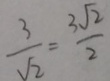
\frac { 3 } { \sqrt { 2 } } = \frac { 3 \sqrt { 2 } } { 2 }